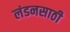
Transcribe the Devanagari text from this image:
लंडनसाठी